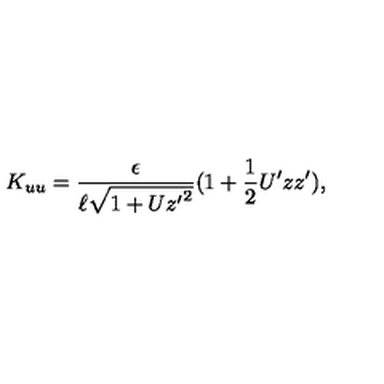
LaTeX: K _ { u u } = \frac { \epsilon } { \ell \sqrt { 1 + U { z ^ { \prime } } ^ { 2 } } } ( 1 + \frac { 1 } { 2 } U ^ { \prime } z z ^ { \prime } ) ,